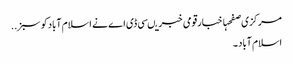
مرکزی صفحہاخبارقومی خبریںسی ڈی اے نے ا سلام آبادکو سبز ..
اسلام آباد ۔